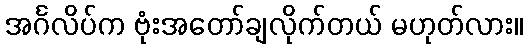
အင်္ဂလိပ်က ဗုံးအတော်ချလိုက်တယ် မဟုတ်လား။